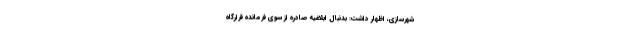
شهرسازی، اظهار داشت: بدنبال ابلاغیه صادره از سوی فرمانده قرارگاه